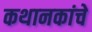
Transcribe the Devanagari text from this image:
कथानकांचे